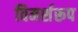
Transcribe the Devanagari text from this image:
विमर्शरूप